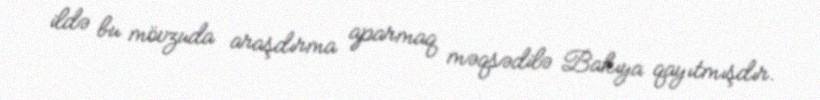
ildə bu mövzuda araşdırma aparmaq məqsədilə Bakıya qayıtmışdır.